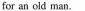
for an old man.